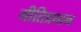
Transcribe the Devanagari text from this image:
गीतिप्रधान